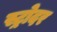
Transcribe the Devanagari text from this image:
स्ट्रोदर